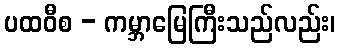
ပထဝီစ - ကမ္ဘာမြေကြီးသည်လည်း၊